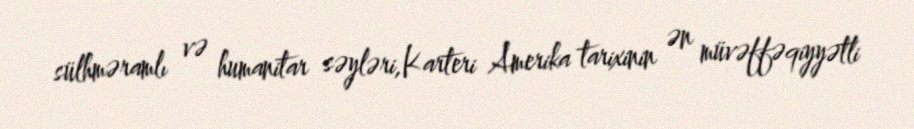
sülhməramlı və humanitar səyləri,Karteri Amerika tarixinin ən müvəffəqiyyətli